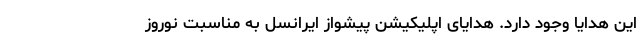
این هدایا وجود دارد. هدایای اپلیکیشن پیشواز ایرانسل به مناسبت نوروز